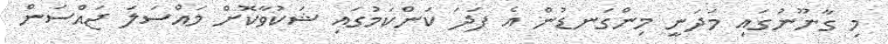
މި ގާނޫނުގައި މަދަނީ މިންގަނޑުން އެ ފަދަ ކަންކަމުގައި ޝަކުވާކޮށް މައްސަލަ ޖައްސަން